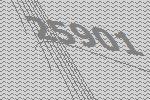
25901